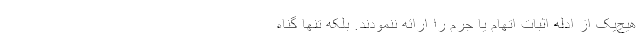
هیچ‌یک از ادله اثبات اتهام یا جرم را ارائه ننمودند. بلکه تنها گناه